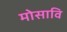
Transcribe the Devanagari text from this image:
मोसावि